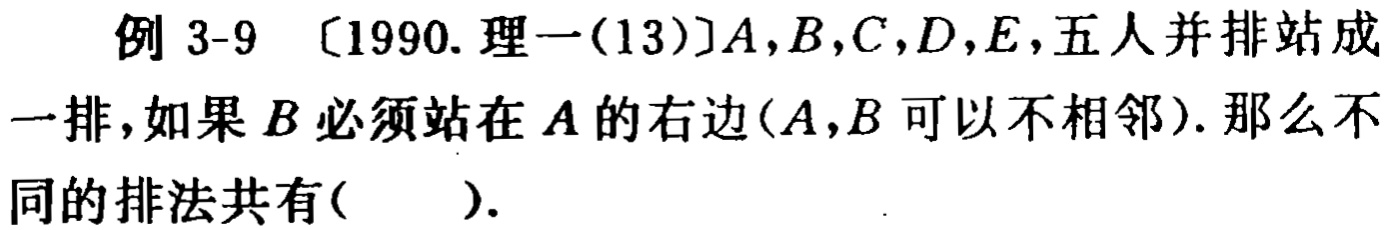
例 3-9 [1990. 理一(13)]$A,B,C,D,E,$五人并排站成一排，如果$B$必须站在$A$的右边($A,B$可以不相邻). 那么不同的排法共有( ).